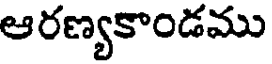
ఆరణ్యకాండము